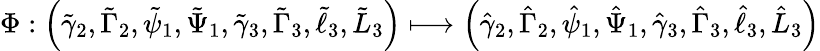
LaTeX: \Phi:\left(\tilde{\gamma}_{2},\tilde{\Gamma}_{2},\tilde{\psi}_{1},\tilde{\Psi}_{1},\tilde{\gamma}_{3},\tilde{\Gamma}_{3},\tilde{\ell}_{3},\tilde{L}_{3}\right)\longmapsto\left(\hat{\gamma}_{2},\hat{\Gamma}_{2},\hat{\psi}_{1},\hat{\Psi}_{1},\hat{\gamma}_{3},\hat{\Gamma}_{3},\hat{\ell}_{3},\hat{L}_{3}\right)